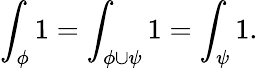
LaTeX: \int_{\phi}1=\int_{\phi\cup\psi}1=\int_{\psi}1.